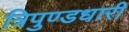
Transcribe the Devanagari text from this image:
त्रिपुण्डधारी